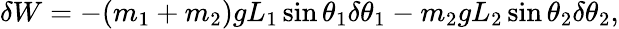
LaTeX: \delta W=-(m_{1}+m_{2})gL_{1}\sin\theta_{1}\delta\theta_{1}-m_{2}gL_{2}\sin\theta_{2}\delta\theta_{2},